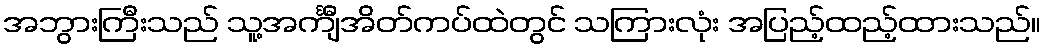
အဘွားကြီးသည် သူ့အင်္ကျီအိတ်ကပ်ထဲတွင် သကြားလုံး အပြည့်ထည့်ထားသည်။